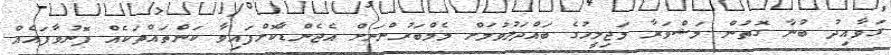
ގަވާއިދު ބުނާ ގޮތުން މަޝްވަރާ މަޖިލީހުގެ ބައްދަލުވުމަށް މެމްބަރުންނަށް އެޖެންޑާކޮށްފައިވާ ކަންތައްތަކެއް ފޮނުވާފައެއް